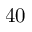
4 0